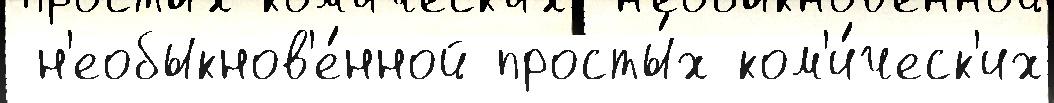
 н'еобыкнов'е́нной просты́х ком'и́ческ'их